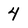
Character: 4